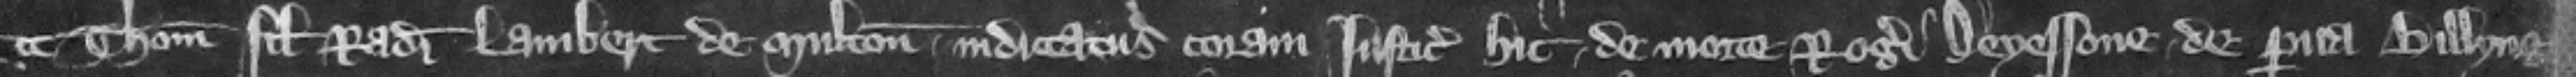
Thomas filius Radulfi Lambert de Multon indictatus coram justiciariis hic de morte Rogeri Deyessone de Para Billyng